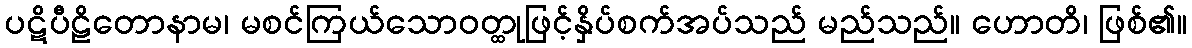
ပဋိပီဠိတောနာမ၊ မစင်ကြယ်သောဝတ္ထုဖြင့်နှိပ်စက်အပ်သည် မည်သည်။ ဟောတိ၊ ဖြစ်၏။